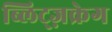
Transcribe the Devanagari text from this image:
ब्लिट्ज़क्रेग